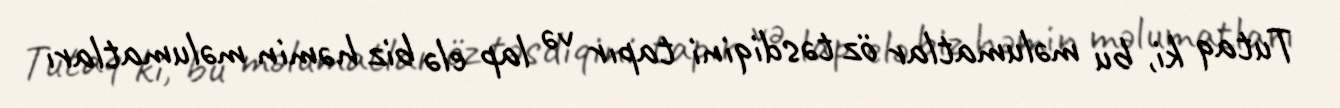
Tutaq ki, bu məlumatlar öz təsdiqini tapır və lap elə biz həmin məlumatları